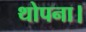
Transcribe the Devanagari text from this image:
थोपना।